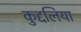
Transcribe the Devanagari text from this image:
कुद्दलिया